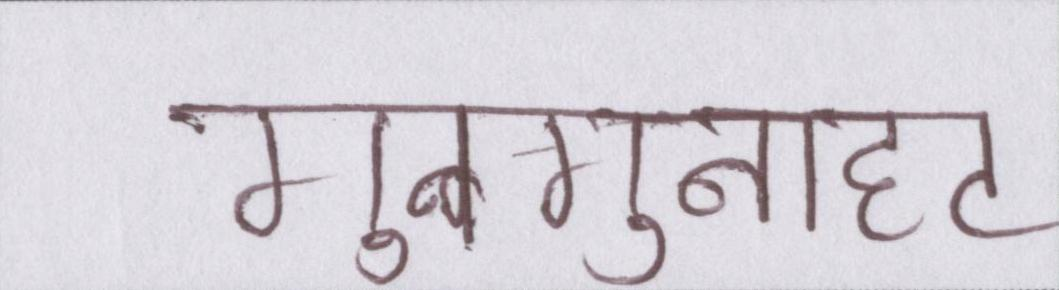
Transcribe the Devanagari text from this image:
गुनगुनाहट